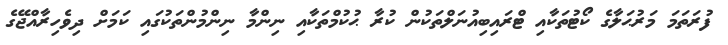
ފުރަތަމަ މަރުޙަލާގެ ކޯޓުތަކާއި ޓްރައިބިއުނަލްތަކުން ކުރާ ޙުކުމްތަކާއި ނިންމާ ނިންމުންތަކުގައި ކަމަށް ދިވެހިރާއްޖޭގެ